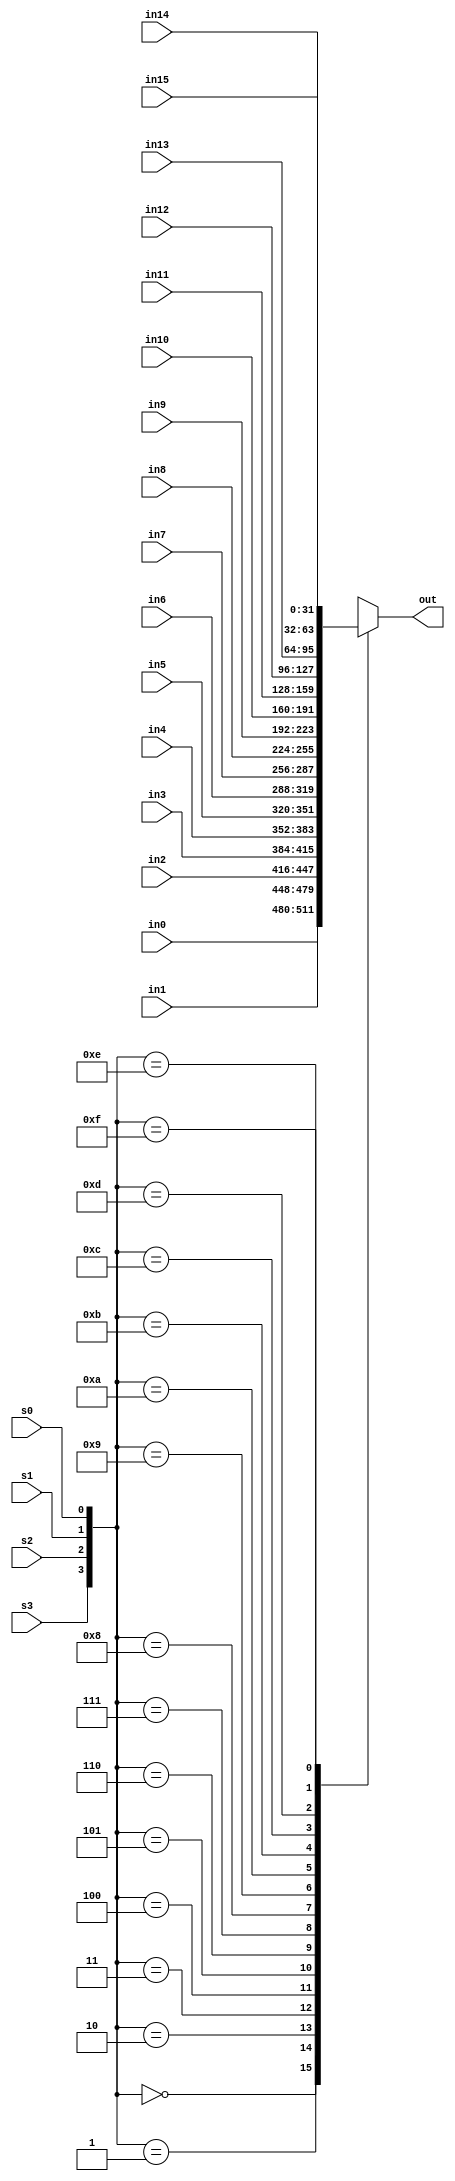
//Cahit Yusuf Ta - 1937465
//cyusuftas@gmail.com

module mux_16_1 #(parameter W=32) (s0,s1,s2,s3,in0,in1,in2,in3,in4,in5,in6,in7,in8,in9,in10,in11,in12,in13,in14,in15,out);
	
	//select
	input s0,s1,s2,s3;
	
	//input and output size is dependent on parameter W
	input [W-1:0] in0,in1,in2,in3,in4,in5,in6,in7,in8,in9,in10,in11,in12,in13,in14,in15;
	output reg [W-1:0] out;
	
	//if anything changes
	always @ (*) 
	begin
		case({s3,s2,s1,s0})					//consider s1 and s0 select inputs to choose output
			4'b0000: out = in0;
			4'b0001: out = in1;
			4'b0010: out = in2;
			4'b0011: out = in3;
			4'b0100: out = in4;
			4'b0101: out = in5;
			4'b0110: out = in6;
			4'b0111: out = in7;
			4'b1000: out = in8;
			4'b1001: out = in9;
			4'b1010: out = in10;
			4'b1011: out = in11;
			4'b1100: out = in12;
			4'b1101: out = in13;
			4'b1110: out = in14;
			4'b1111: out = in15;
			default: out = 0;
		endcase
	end

endmodule